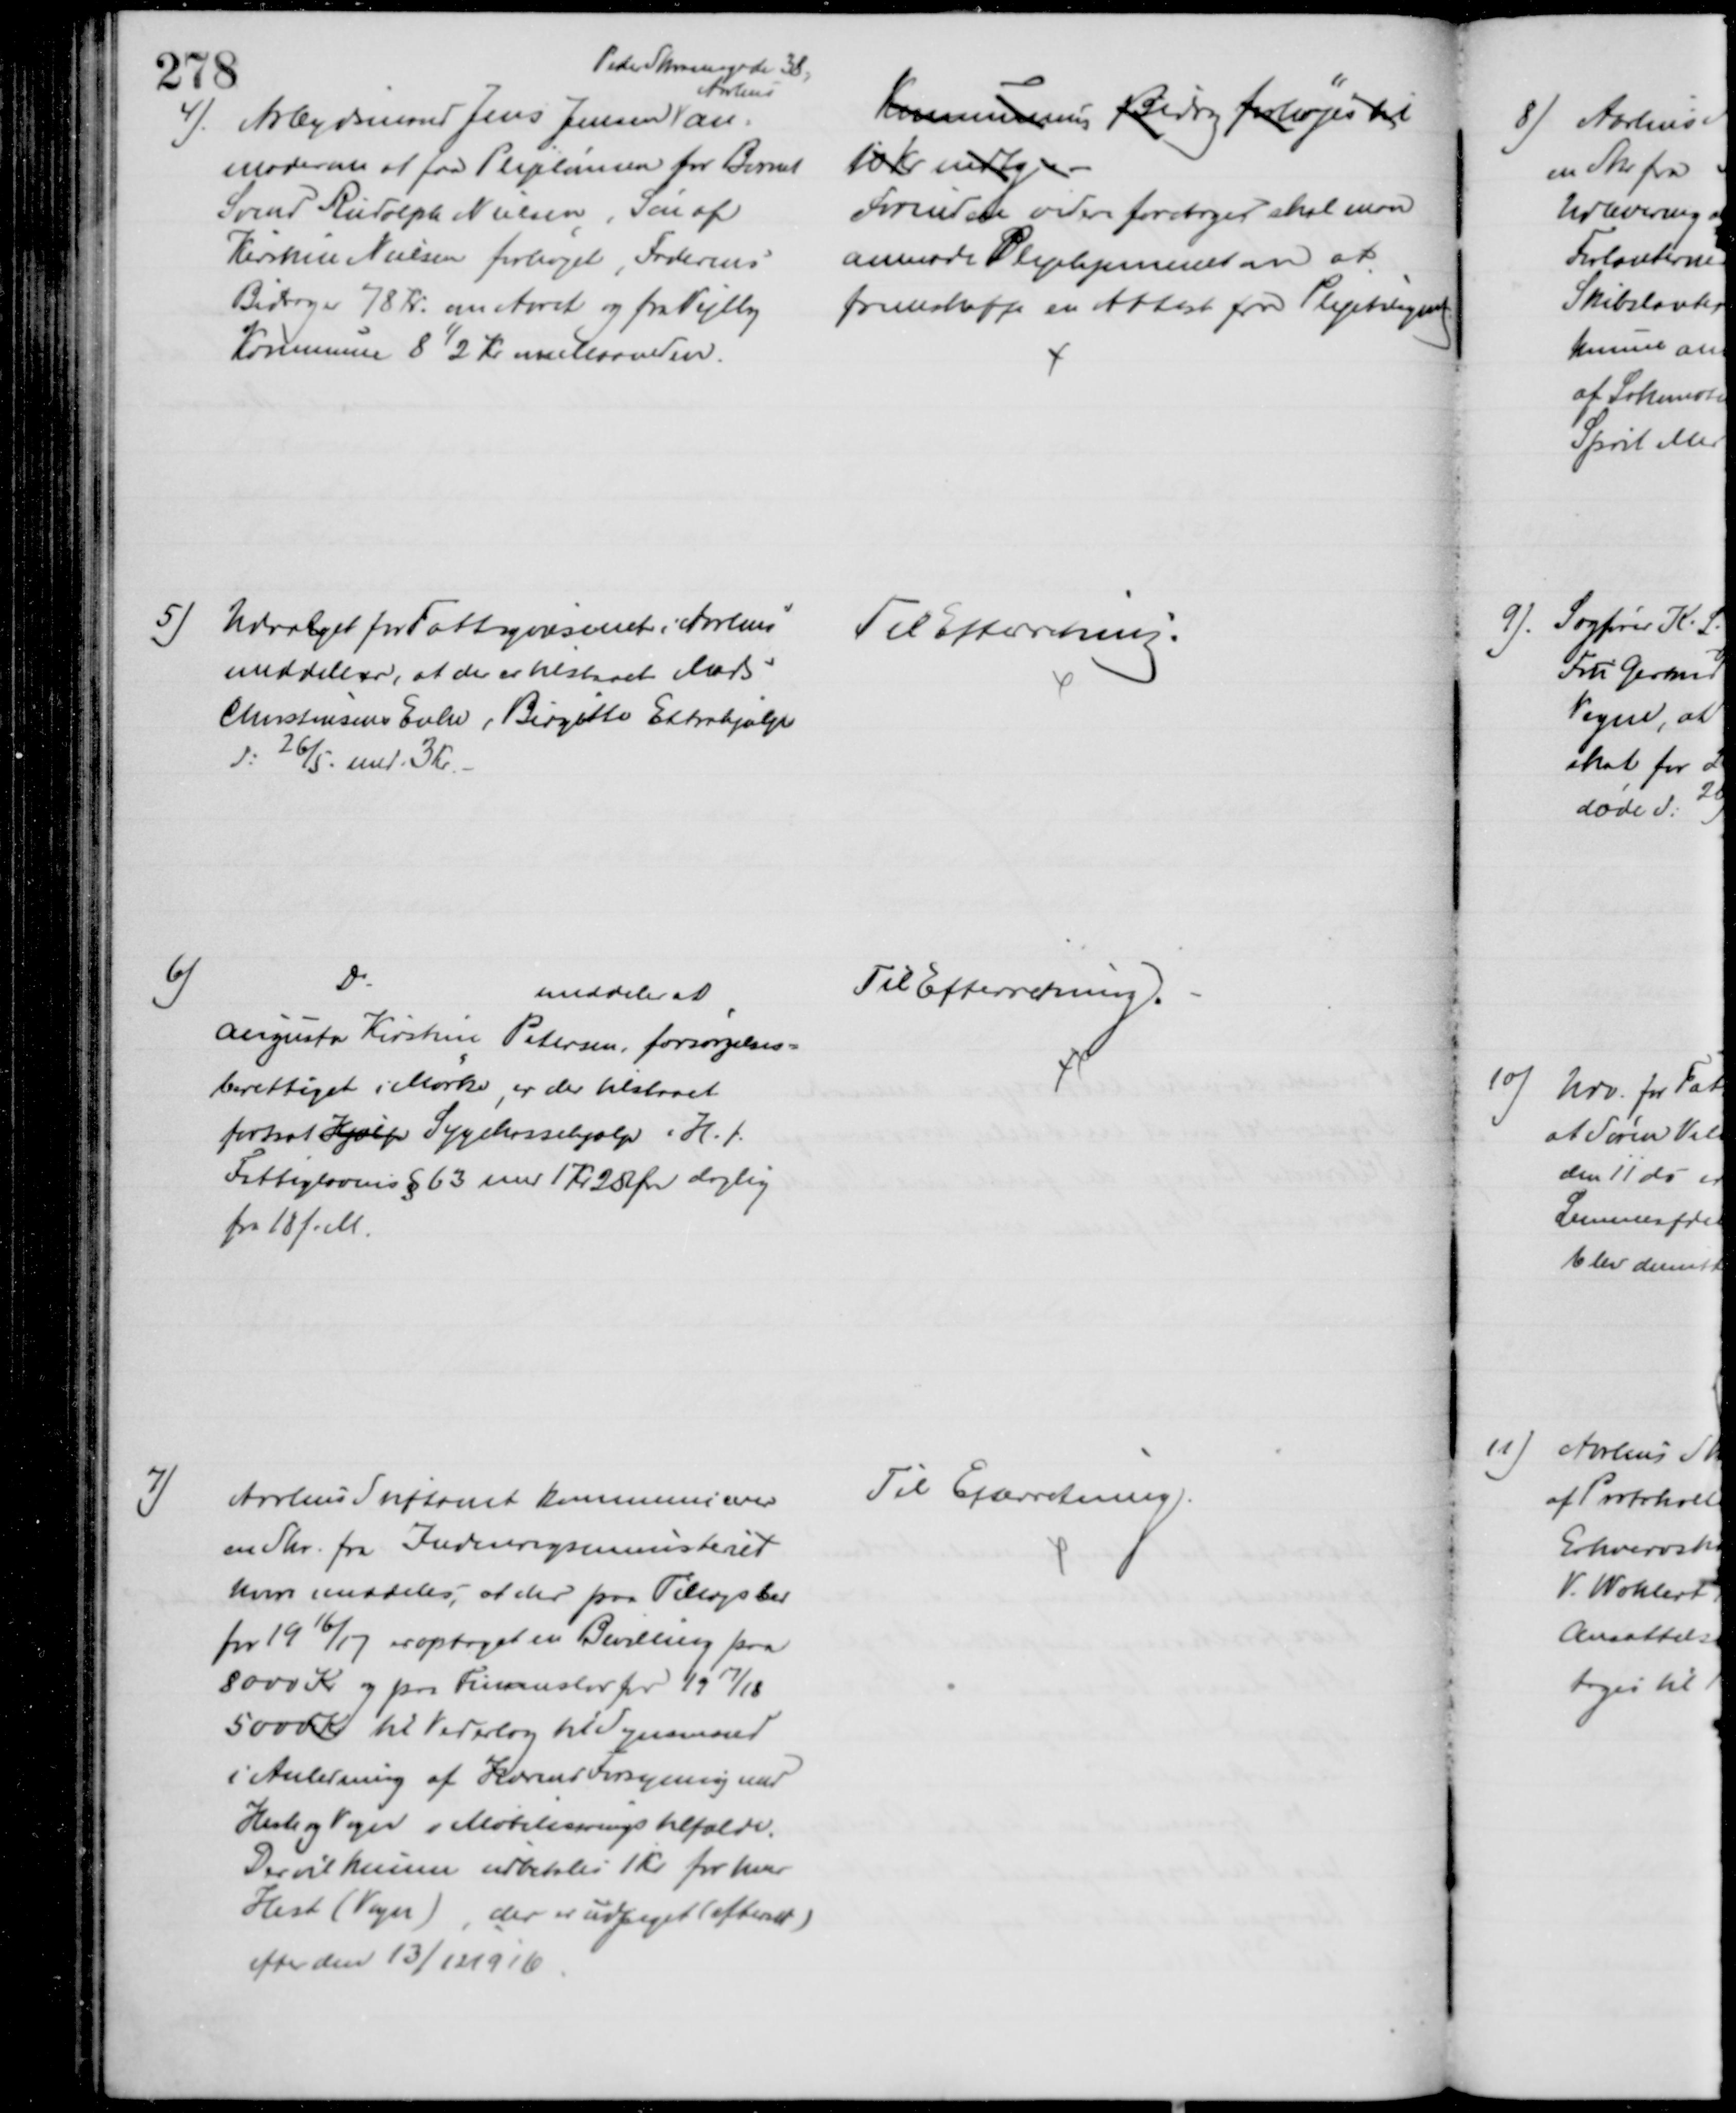
Transskription:
4).
Arbejdsmand Jens Jensen 
Peder Skramsgade 38,
Aarhus
an-
moder om at faa Plejelønnen for Barnet
Svend Rudolph Nielsen, Søn af
Kirstine Nielsen forhøjet, Faderens
Bidrag er 78 Kr. om Aaret og fra Vejlby
Kommune 8½ Kr om Maaneden.
Kommunens Bidrag forhøjes til
10 Kr mdlg
Forinden videre foretages skal man
anmode Plejehjemmet om at
fremskaffe en Attest fra Plejetilsynet 
5) Udvalget for Fattigvæsenet i Aarhus
meddeler, at der er tilstaaet Mads
Christensens Enke, Birgitte Extrahjælp
d: 26/5 med 3 Kr.
Til Efterretning.
6)
Do
meddeler at
Augusta Kirstine Petersen, forsørgelses=
berettiget i Mørke, er der tilstaaet
fortsat Hjælp Sygekassehjælp i H. t.
Fattiglovens § 63 med 1 Kr 25 Øre daglig
fra 18 f. M.
Til Efterretning.
7)
Aarhus Stiftamt kommunicerer
en Skr. fra Indenrigsministeret
hvori meddeles, at der paa Tillægsbev
for 1916/17 er optaget en Bevilling paa
8000 Kr og paa Finanslov for 1917/18
5000 Kr til Vederlag til Synsmand
i Anledning af Hærens Forsyning med
Heste og Vogne i Mobiliseringstilfælde.
Der vil kunne udbetales 1 Kr for hver
Hest (Vogn) der er udpeget (efterset)
efter den 13/12 1916
Til Efterretning.